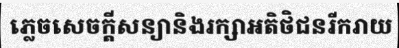
ភ្លេចសេចក្តីសន្យានិងរក្សាអតិថិជនរីករាយ